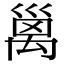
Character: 𥝁